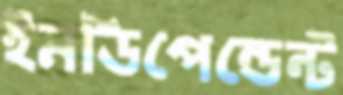
ইনডিপেন্ডেন্ট